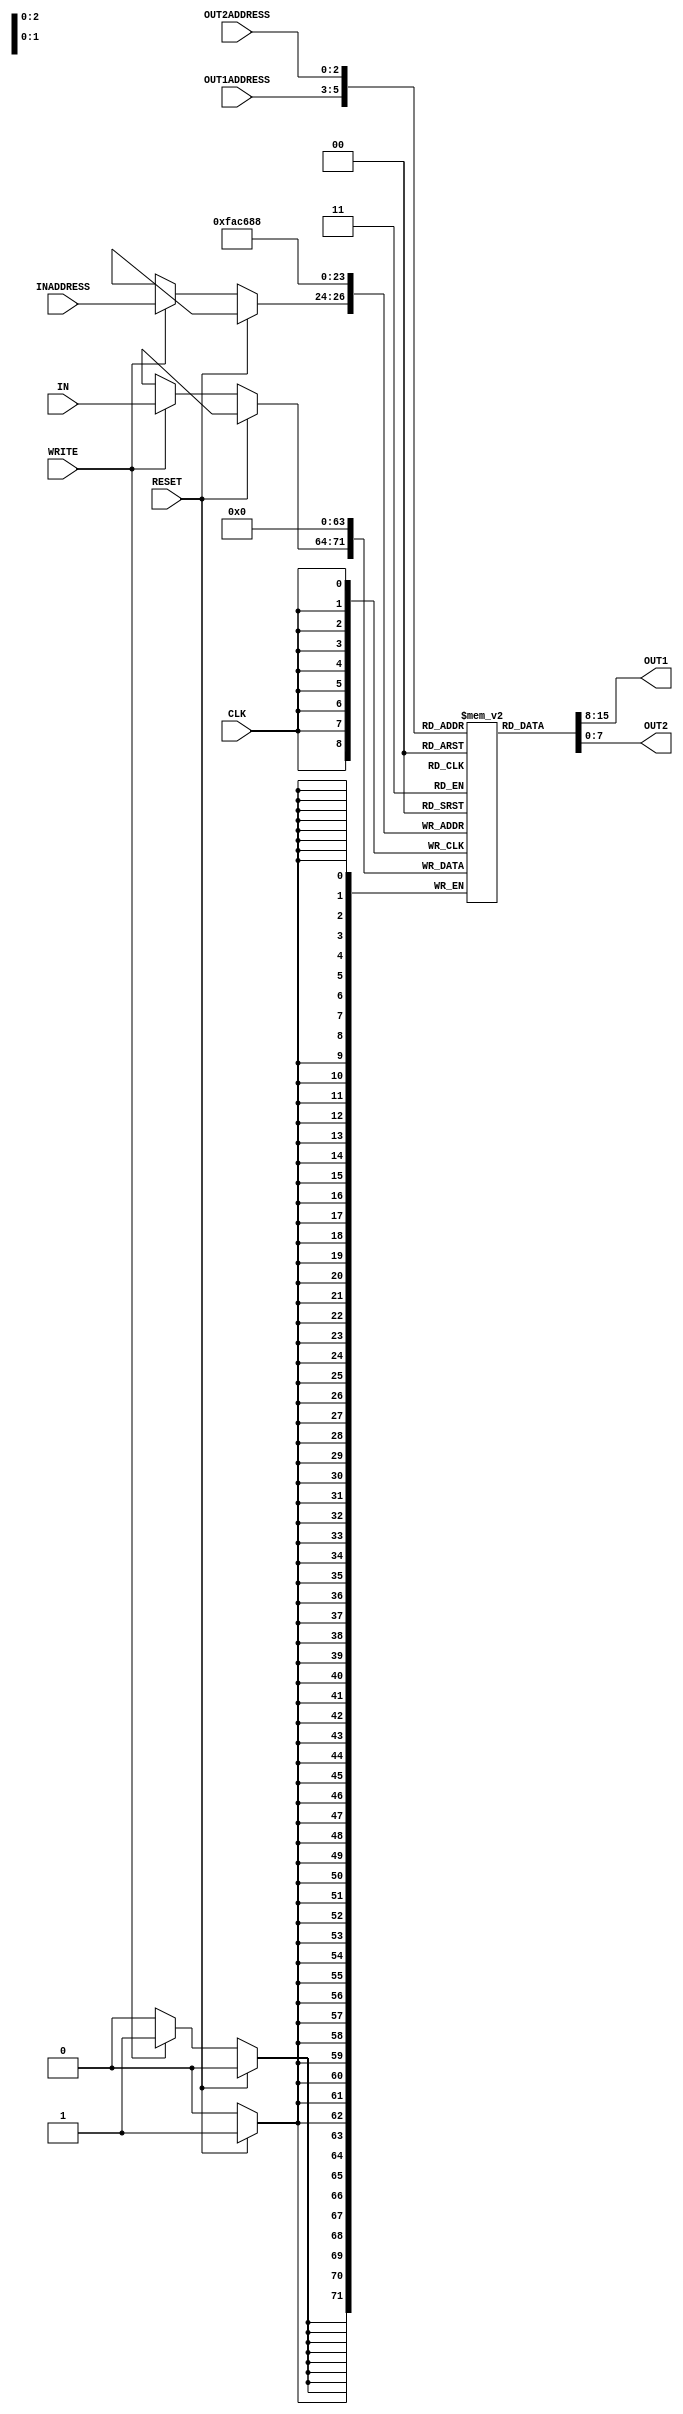
`timescale 1ns/100ps

module reg_file(IN, OUT1, OUT2, INADDRESS, OUT1ADDRESS, OUT2ADDRESS, WRITE, CLK, RESET);

	// Begin port declaration
	// Inputs	
	input [7:0] IN;
	input [2:0] INADDRESS, OUT1ADDRESS, OUT2ADDRESS;
	input WRITE, CLK, RESET; // Wires

	// Outputs
	output reg [7:0] OUT1, OUT2;
	// End port declaration

	// Declare 8x8 register as vectior
	reg [7:0] registers [0:7];
	
	integer i;

	// Execute the following block when rising edge of CLK
	always@(posedge CLK)
	begin
		// Reset the register if the RESET signal is high
		if ( RESET == 1 )
		begin

			// Write 0 for all registers with 1 time unit delay
			#1 for ( i = 0; i < 8; i = i + 1)
			begin
				registers[i] = 8'b0;
			end
		end
		
		// If the WRITE signal is high and RESET signal is low, write the given input data(IN) into related register(the register given by INADDRESS)
		else if ( WRITE == 1)
		begin
			// Write the register with 1 time unit delay
			#1 registers[INADDRESS] = IN;
		end
	end

	// If any of varible is changed assign relavant values from the registers to the OUT1 and OUT2
	always@(*)
	begin
		#2
		OUT1 = registers[OUT1ADDRESS];
		OUT2 = registers[OUT2ADDRESS];
	end

	initial
	begin
		$dumpfile("cpu_wavedata.vcd");
		for(i = 0; i < 8; i = i + 1)
		begin
			$dumpvars(1,registers[i]);
		end
	end

	initial
	begin
		#5
		$display("\n\t\t\t==================================================================");
		$display("\t\t\t Change of Register Content Starting from Time #5");
		$display("\t\t\t==================================================================\n");
		$display("\t\ttime\tregs0\tregs1\tregs2\tregs3\tregs4\tregs5\tregs6\tregs7");
		$display("\t\t-------------------------------------------------------------------------------------");
		$monitor($time, "\t%d\t%d\t%d\t%d\t%d\t%d\t%d\t%d", registers[0], registers[1], registers[2], registers[3], registers[4], registers[5], registers[6], registers[7]);
	end


endmodule